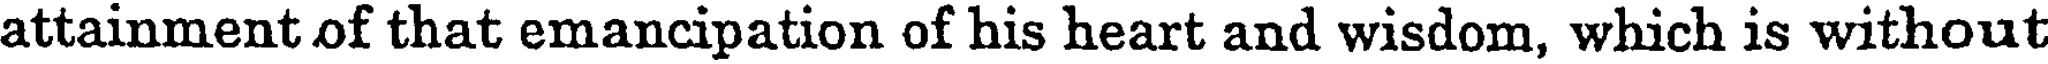
attainment of that emancipation of his heart and wisdom, which is without